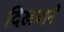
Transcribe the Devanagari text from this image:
दिखवाने